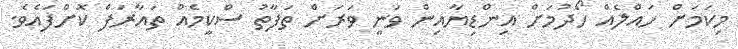
މިކަމަށް ހައްލެއް ހޯދުމަށް އިންޑިޔާއިން ވަނީ ވަރަށް ތަފާތު ސްކީމެއް ތައާރަފް ކޮށްފައެވެ.